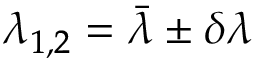
\lambda _ { 1 , 2 } = \bar { \lambda } \pm \delta \lambda